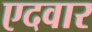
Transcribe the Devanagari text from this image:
एदवार